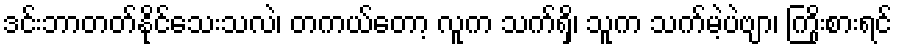
ဒင်းဘာတတ်နိုင်သေးသလဲ၊ တကယ်တော့ လူက သက်ရှိ၊ သူက သက်မဲ့ပဲဗျာ၊ ကြိုးစားရင်